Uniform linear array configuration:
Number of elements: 24
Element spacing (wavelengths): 0.25
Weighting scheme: uniform
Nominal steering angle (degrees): -30
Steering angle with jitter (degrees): -29.117
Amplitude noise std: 0.05
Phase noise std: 0.05

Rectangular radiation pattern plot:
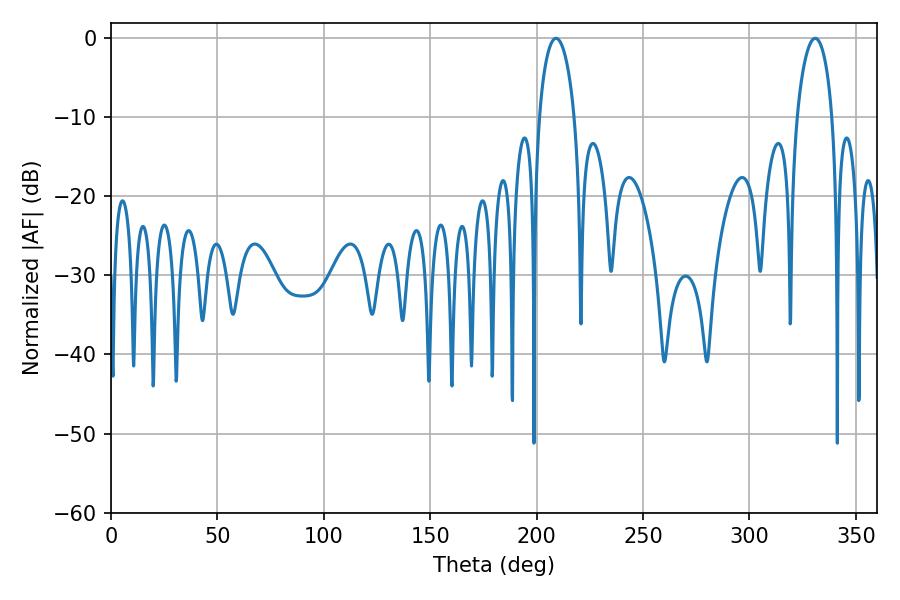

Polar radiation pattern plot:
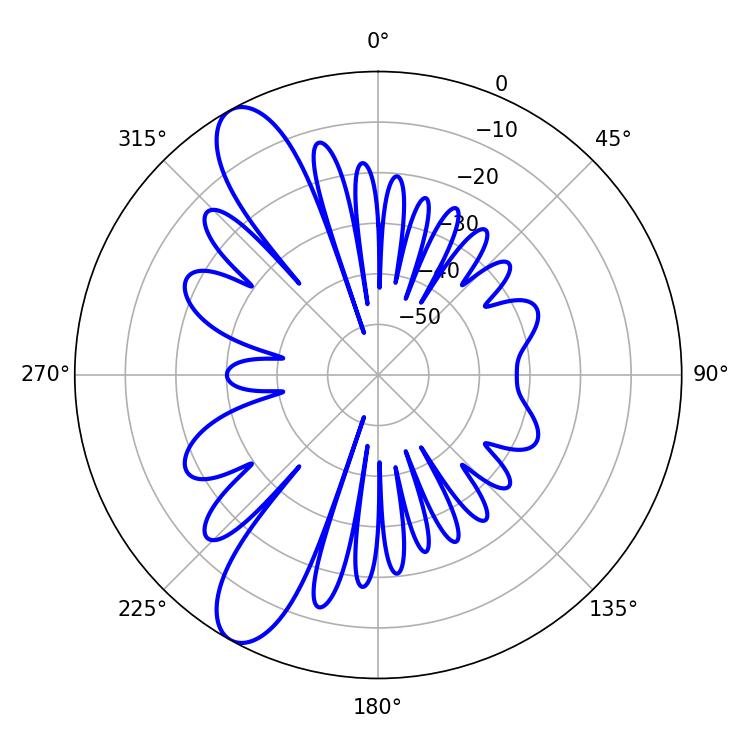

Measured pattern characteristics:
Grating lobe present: FALSE
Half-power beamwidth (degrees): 9.54
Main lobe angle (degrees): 330.84